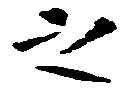
之